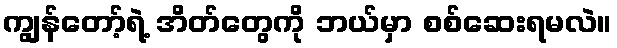
ကျွန်တော့်ရဲ့ အိတ်တွေကို ဘယ်မှာ စစ်ဆေးရမလဲ။